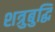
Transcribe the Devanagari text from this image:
शत्रुबुद्धि